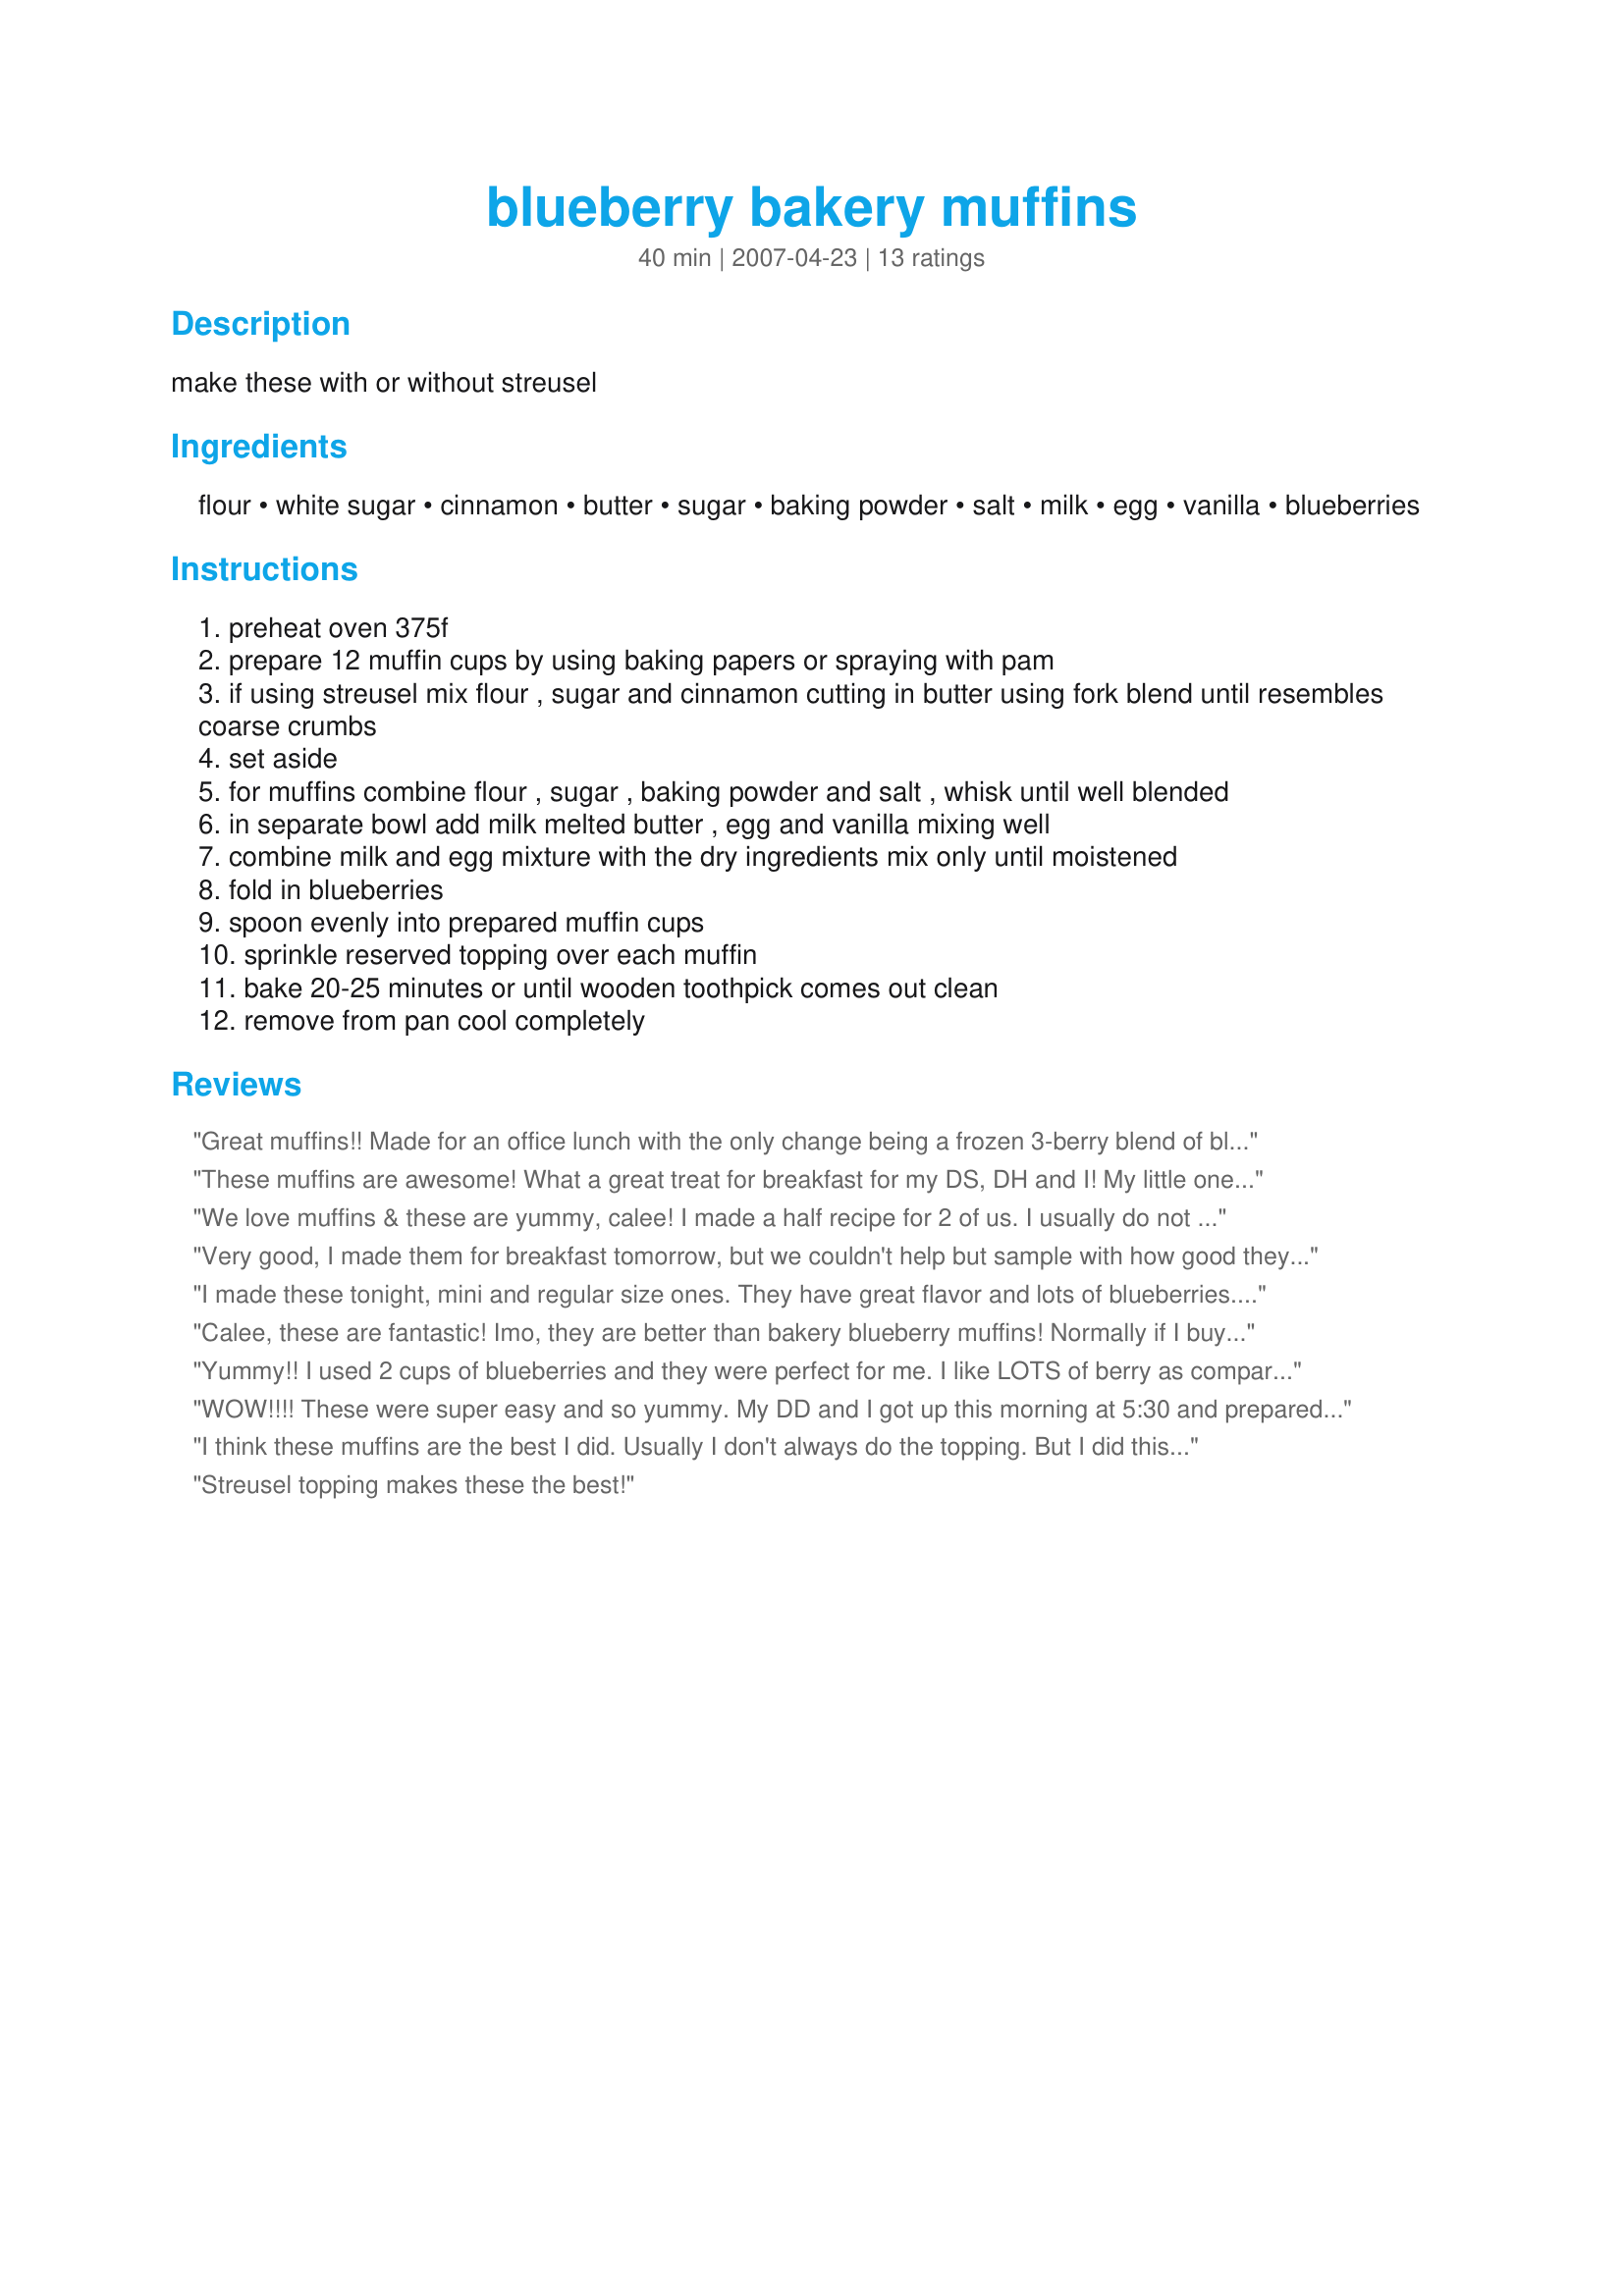
blueberry bakery muffins
Preparation time: 40 minutes

make these with or without streusel

Ingredients:
flour, white sugar, cinnamon, butter, sugar, baking powder, salt, milk, egg, vanilla, blueberries

Steps:
preheat oven 375f
prepare 12 muffin cups by using baking papers or spraying with pam
if using streusel mix flour , sugar and cinnamon cutting in butter using fork blend until resembles coarse crumbs
set aside
for muffins combine flour , sugar , baking powder and salt , whisk until well blended
in separate bowl add milk melted butter , egg and vanilla mixing well
combine milk and egg mixture with the dry ingredients mix only until moistened
fold in blueberries
spoon evenly into prepared muffin cups
sprinkle reserved topping over each muffin
bake 20-25 minutes or until wooden toothpick comes out clean
remove from pan cool completely

Reviews:
Great muffins!! Made for an office lunch with the only change being a frozen 3-berry blend of blackberries, raspberries and blueberries. They're very easy to prepare and taste fabulous!!! I like the topping; the taste of cinnamon is a nice compliment without being overpowering. My co-workers were happy with them and my family is happy as well with the few that were left over. Definitely a repeater!
These muffins are awesome! What a great treat for breakfast for my DS, DH and I! My little one wanted a second one, so five stars it is!
We love muffins & these are yummy, calee! I made a half recipe for 2 of us. I usually do not make glazes/toppings for muffins as we see them as overkill for the most part, but I wanted my effort (& pic) to reflect the recipe. We did our taste test last nite, but DH asked for a muffin w/his coffee after breakfast this morning b4 he left for work & remarked how he liked the topping. That is his way of saying "I would be happy to have these again." Thx for sharing this recipe w/us.
Very good, I made them for breakfast tomorrow, but we couldn't help but sample with how good they smelt. They tasted as good as they smelt, so I'll not sure that they will make it tomorrow. It was really easy too. I didn't make the struesel topping, but I will try it next time. Thanks for staring. :)
I made these tonight, mini and regular size ones.
They have great flavor and lots of blueberries. The kids seem to like them and they are picky. I gave some to our friends so we will see how they like them. I left off the streusel but next time I may use it. These are definitely a keeper.
Calee, these are fantastic! Imo, they are better than bakery blueberry muffins! Normally if I buy muffins, I don't like the streusal topping, but I decided to add it. I halved the recipe and got 5 regular-sized muffins. I had to make some subs for my diet: 1/8 cup Eggbeaters to equal half an egg and 1/2 cup Silk brand Unsweetened Organic Soy milk, and for the butter I used Smart Balance with Flaxseed Oil spread. I used frozen, unthawed blueberries. I thought 1/2 cup wasn't enough, so used 3/4 of a cup. This resulted in extremely blueberry-ey muffins! The time and temp at 25 mins was perfect. The streusal was amazing and I loved the addition of cinnamon. These were very moist and yummy! Thanks for sharing, Calee, I will make these again for sure. Made for Please Revew My Recipe tag game. ETA these are so moist I didn't even need butter or margarine. I tried them both ways (with Smart Balance with Flaxseed Oil spread and plain and they were fantastic both ways.)
Yummy!! I used 2 cups of blueberries and they were perfect for me. I like LOTS of berry as compared to batter. I don't think I would push it much further and add any more though. I also used 4Tbsp of butter instead of 3 for the streusel and I used brown sugar in place of the white. I will keep the butter to 3 Tbsp next time. It tastes fine( maybe a little rich) but a lot of my streusel just melted off the muffins even though I pushed it into the batter. Super delicious though and it hit the spot!!!
WOW!!!! These were super easy and so yummy. My DD and I got up this morning at 5:30 and prepared these for our breakfast and for DH and mine's Anniversary. They tasted wonderful. I did have a little trouble with the stresel topping. It wouldn't crumble for some reason and made more of an icing texture. It could be my fault though. I still was able to use it and just spread it on top of the muffin and it still tasted great. The stuesel is what makes this recipe taste so wonderful. I'm going to try this again and play with the struesel until I get it right. Thanks for sharing. Made for PAC Fall/2008.
I think these muffins are the best I did. Usually I don't always do the topping. But I did this one. And I'M glad I did. Sometimes it's hard to remove the muffins when there is a topping. It was still hard a little bit. But I was eating the topping that was falling LOL I cooked the muffins for the 25 minutes. They are very moist. I used 1/3 cup of sugar. Instead of butter, I used vegetable oil. And frozen blueberries, not thaw. Yummy. Thanks Calee. Made for the Beverage tag.
Streusel topping makes these the best!
Great. My husband described it as "cinnamon coffee cake with blueberries" and he really liked it. They were gone in a flash.
The best muffins I have made. I love these. Very moist. I used frozen blueberries. The struesel topping just made this muffin. I will make again.
I've now made this times and it has turned out wonderful each time. I have now made it my own with the additions of a little lemon juice and zest to make it a Lemon Blueberry Muffin. Even following the directions with no changes or additions they come out getting rave reviews. Thanks for sharing with the rest of the world.
